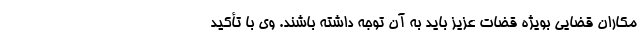
مکاران قضایی بویژه قضات عزیز باید به آن توجه داشته باشند. وی با تأکید